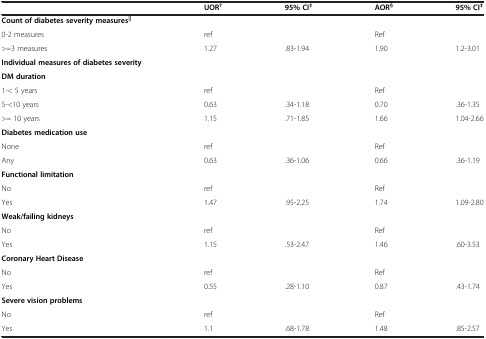
<table><thead><tr><td><b> </b></td><td><b>UOR<sup>†</sup></b></td><td><b>95% CI<sup>‡</sup></b></td><td><b>AOR<sup>§</sup></b></td><td><b>95% CI<sup>‡</sup></b></td></tr></thead><tbody><tr><td><b>Count of diabetes severity measures</b><sup><b>||</b></sup></td><td> </td><td> </td><td> </td><td> </td></tr><tr><td>0-2 measures</td><td>ref</td><td> </td><td>Ref</td><td> </td></tr><tr><td>&gt;=3 measures</td><td>1.27</td><td>.83-1.94</td><td>1.90</td><td>1.2-3.01</td></tr><tr><td><b>Individual measures of diabetes severity</b></td><td> </td><td> </td><td> </td><td> </td></tr><tr><td><b>DM duration</b></td><td> </td><td> </td><td> </td><td> </td></tr><tr><td>1-&lt; 5 years</td><td>ref</td><td> </td><td>Ref</td><td> </td></tr><tr><td>5-&lt;10 years</td><td>0.63</td><td>.34-1.18</td><td>0.70</td><td>.36-1.35</td></tr><tr><td>&gt;= 10 years</td><td>1.15</td><td>.71-1.85</td><td>1.66</td><td>1.04-2.66</td></tr><tr><td><b>Diabetes medication use</b></td><td> </td><td> </td><td> </td><td> </td></tr><tr><td>None</td><td>ref</td><td> </td><td>Ref</td><td> </td></tr><tr><td>Any</td><td>0.63</td><td>.36-1.06</td><td>0.66</td><td>.36-1.19</td></tr><tr><td><b>Functional limitation</b></td><td> </td><td> </td><td> </td><td> </td></tr><tr><td>No</td><td>ref</td><td> </td><td>Ref</td><td> </td></tr><tr><td>Yes</td><td>1.47</td><td>.95-2.25</td><td>1.74</td><td>1.09-2.80</td></tr><tr><td><b>Weak/failing kidneys</b></td><td> </td><td> </td><td> </td><td> </td></tr><tr><td>No</td><td>ref</td><td> </td><td>Ref</td><td> </td></tr><tr><td>Yes</td><td>1.15</td><td>.53-2.47</td><td>1.46</td><td>.60-3.53</td></tr><tr><td><b>Coronary Heart Disease</b></td><td> </td><td> </td><td> </td><td> </td></tr><tr><td>No</td><td>ref</td><td> </td><td>Ref</td><td> </td></tr><tr><td>Yes</td><td>0.55</td><td>.28-1.10</td><td>0.87</td><td>.43-1.74</td></tr><tr><td><b>Severe vision problems</b></td><td> </td><td> </td><td> </td><td> </td></tr><tr><td>No</td><td>ref</td><td> </td><td>Ref</td><td> </td></tr><tr><td>Yes</td><td>1.1</td><td>.68-1.78</td><td>1.48</td><td>.85-2.57</td></tr></tbody></table>